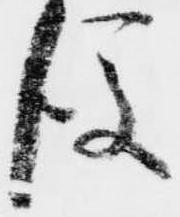
後